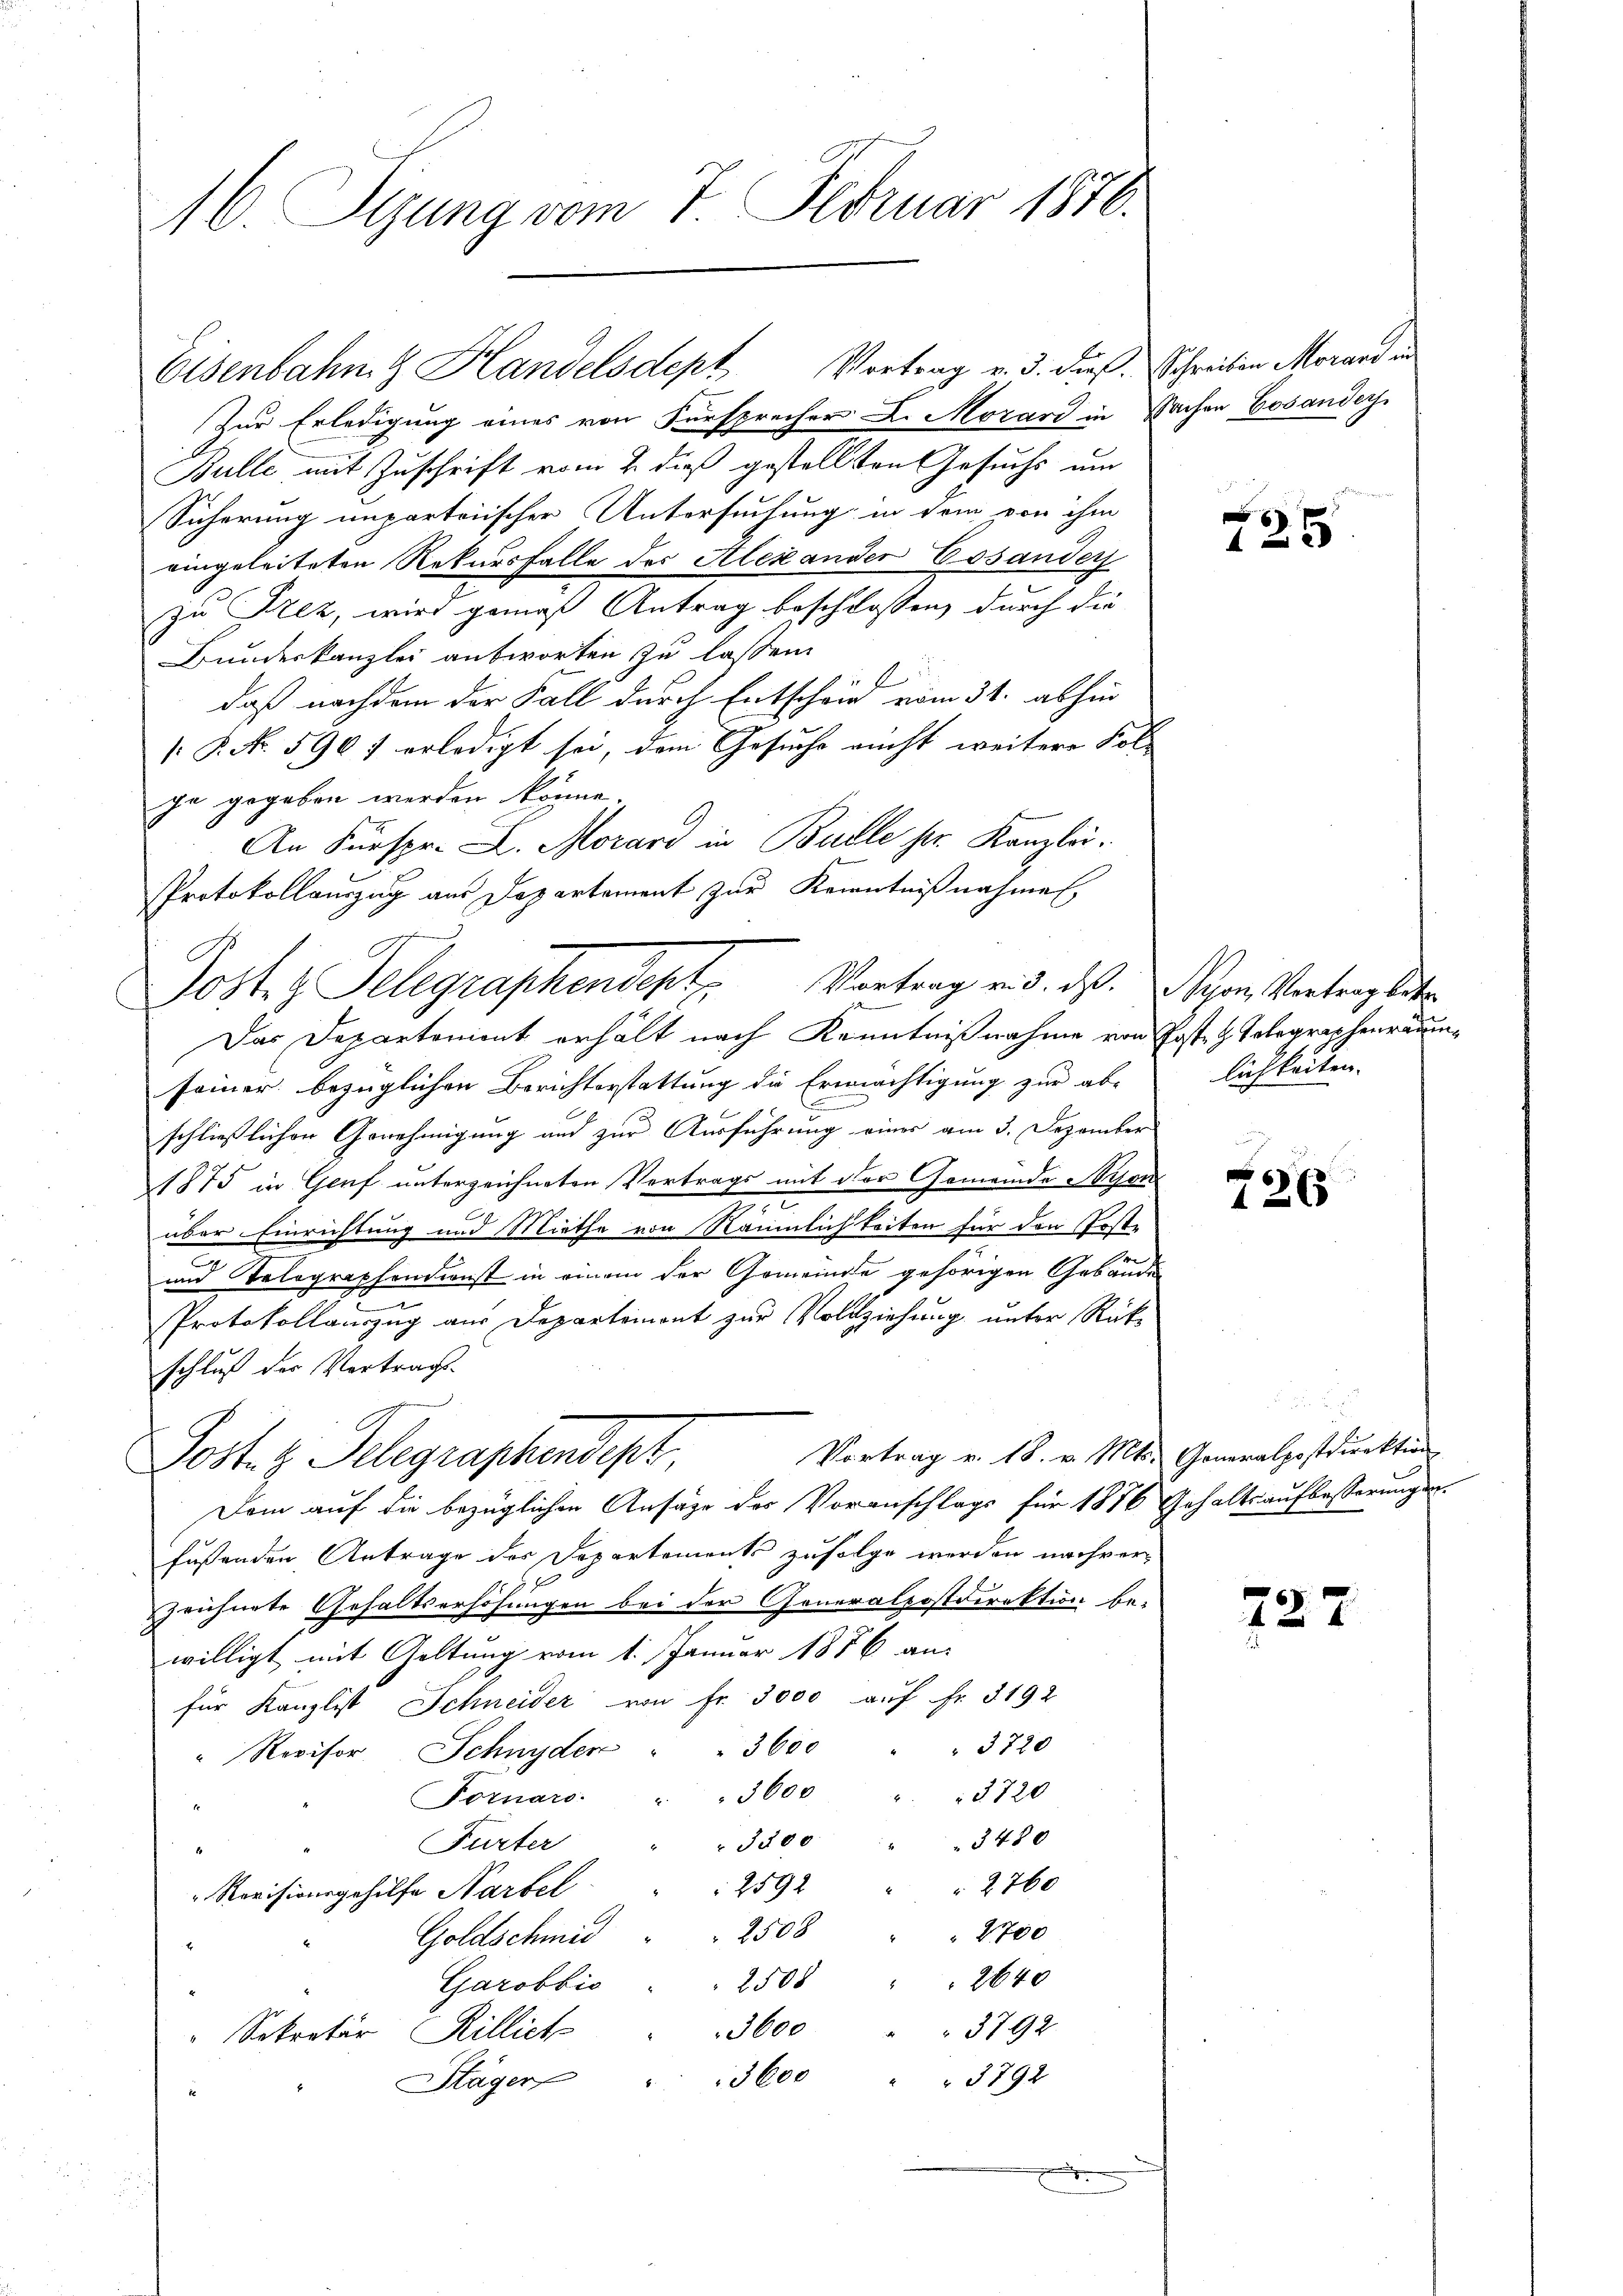
16. Sizung vom 7. Februar 1876.

Zur Erledigung eines von Fürsprecher L. Morard in Sachen Cosander
Bulle mit Zuschrift vom 2. dieß gestellten Gesuchs um
Sicherung unparteiischer Untersuchung in dem von ihm
eingeleiteten Rekursfalle des Alexander Cosander
zu Szez, wird gemäß Antrag beschlossen, durch die
Bundeskanzlei antworten zu lassen.
E
daß nachdem der Fall durch Entschrie vom 31. abhin
[ P. Nr. 590 f erledigt sei, dem Gesuche nicht weitere Fol
ge gegeben werden könne.
An Fürspr. L. Morard in Bulle pr. Kanzlei.
Protokollauszug aus Departement zur Kenntnißnahmen
.
Das Departonient erhält nach Kenntnißnahme von Poste z. Telegraphenräumseiner bezüglichen Berichterstattung die Ermächtigung zur ab-
.
schließlichen Genehmigung und zur Ausführung eines am 3. Dezember
1875 in Genf unterzeichneten Vertrags mit der Gemeinde Hasen
.
über Einrichtung und Miethe von Räumlichkeiten für den Poste
und Tolographendienst in einem der Gemeinde gehörigen Gebäude
Protokollauszug aus Departemont zur Vollziehung unter Rückschluß der Vertrags.
Vortrag v. 18. v. Mts.
Post. z. Telegraphendepl
Dam auf die bezüglichen Ansäge der Voranschlags für 1876 Gehaltsaufbesserungsr
füssenden Antrage des Departements zufolge werden nachverzeichnete Gehaltserhöhungen bei der Generalpostdirektion be-
willigt mit Geltung vom 1. Januar 1886 an
für Kanzlist Schneider von Fr. 3000 auf Fr. 5192
" 3600 " " 3720
" Revisor Schnyder
3600 " " 3720
Fornars.
3480
3200
Furter
2760
2592
Revisionsgehilfe Narbel
2700
Goldschmid . . 2508
Garobbio . . 2508 " 2640
3600
3792.
Sekretär Rillict
3600 " " 3792
Stäger

Eisenbahn & Handelsdept Vortrag v. 3. dieß. Schreiben Morars in

Jost z. Telegraphendept. Vortrag v. d. das Schon Vertragsatz

.

725

lichkeiten.

.
126

§ 2
Generalpostdirektion

227